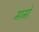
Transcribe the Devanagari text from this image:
मामो